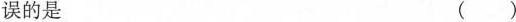
误的是（）